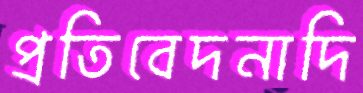
প্রতিবেদনাদি